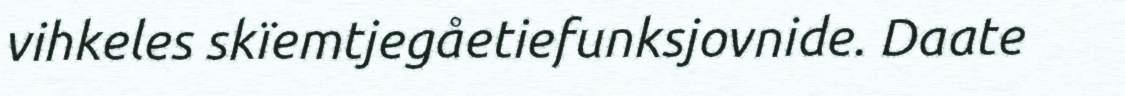
vihkeles skïemtjegåetiefunksjovnide. Daate